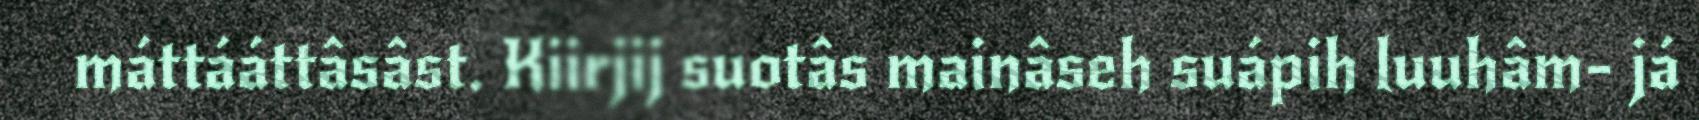
máttááttâsâst. Kiirjij suotâs mainâseh suápih luuhâm- já